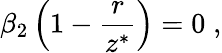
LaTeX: \beta_{2}\left(1-\frac{r}{z^{*}}\right)=0\; ,